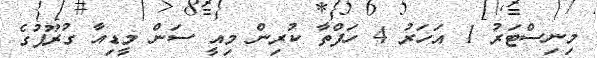
މިނިސްޓަރު 1 އަހަރު 4 ހަފްތާ ކުރިން މިއީ ސަން މީޑިއާ ގުރޫޕުގެ